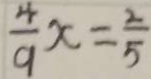
\frac { 4 } { 9 } x = \frac { 2 } { 5 }